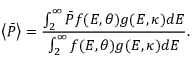
\left\langle { \bar { P } } \right\rangle = \frac { { \int _ { 2 } ^ { \infty } { \bar { P } f ( E , \theta ) g ( E , \kappa ) d E } } } { { \int _ { 2 } ^ { \infty } { f ( E , \theta ) g ( E , \kappa ) d E } } } .